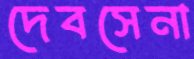
দেবসেনা